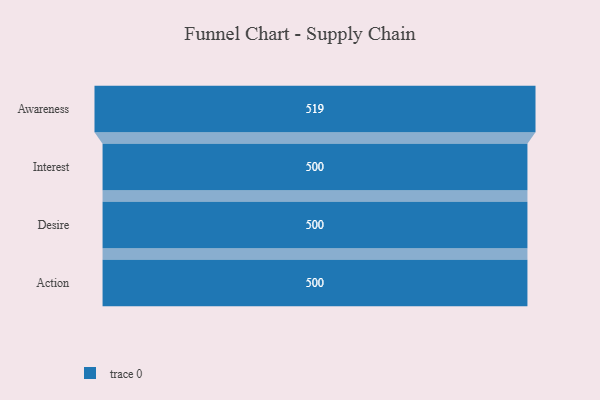
{"axis": {"x": "Stage", "y": "Value"}, "legend": [""], "data": [{"x": "Awareness", "y": 519.0, "type": ""}, {"x": "Interest", "y": 500, "type": ""}, {"x": "Desire", "y": 500, "type": ""}, {"x": "Action", "y": 500, "type": ""}]}